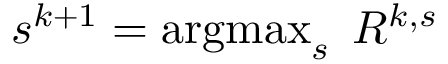
\begin{array} { r } { s ^ { k + 1 } = \operatorname * { a r g m a x } _ { s } \; R ^ { k , s } } \end{array}